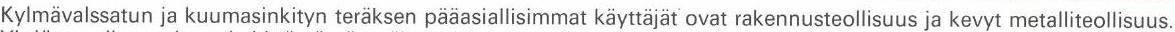
Kylmävalssatun ja kuumasinkityn teräksen pääasiallisimmat käyttäjät ovat rakennusteollisuus ja kevyt metalliteollisuus.